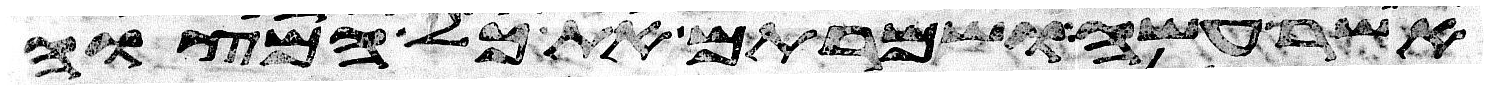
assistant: אשר עשה ושמרתם את כל המצוה